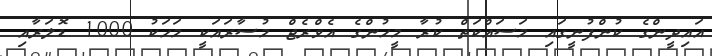
އައިދީންގެ ކުންފުނީގައި މަސައްކަތް ކުރާ މީހުންގެ އެވްރެޖް މުސާރައަކީ މަހަކު 1000 ޑޮލަރާއި